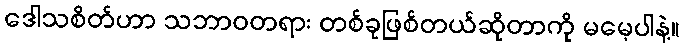
ဒေါသစိတ်ဟာ သဘာဝတရား တစ်ခုဖြစ်တယ်ဆိုတာကို မမေ့ပါနဲ့။